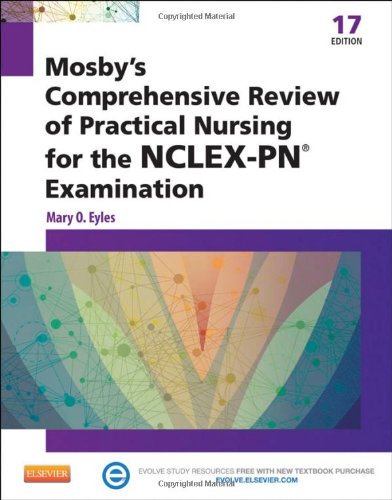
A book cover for Mosby's Comprehensive Review of Practical Nursing for the NCLEX-PNÂ® Exam, 17e (Mosby's Comprehensive Review of Practical Nursing for Nclex-Pn); Mary O. Eyles PhD  RN; Medical Books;